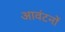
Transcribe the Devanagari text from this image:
आवंटनों